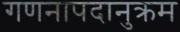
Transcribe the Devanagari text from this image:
गणनापदानुक्रम